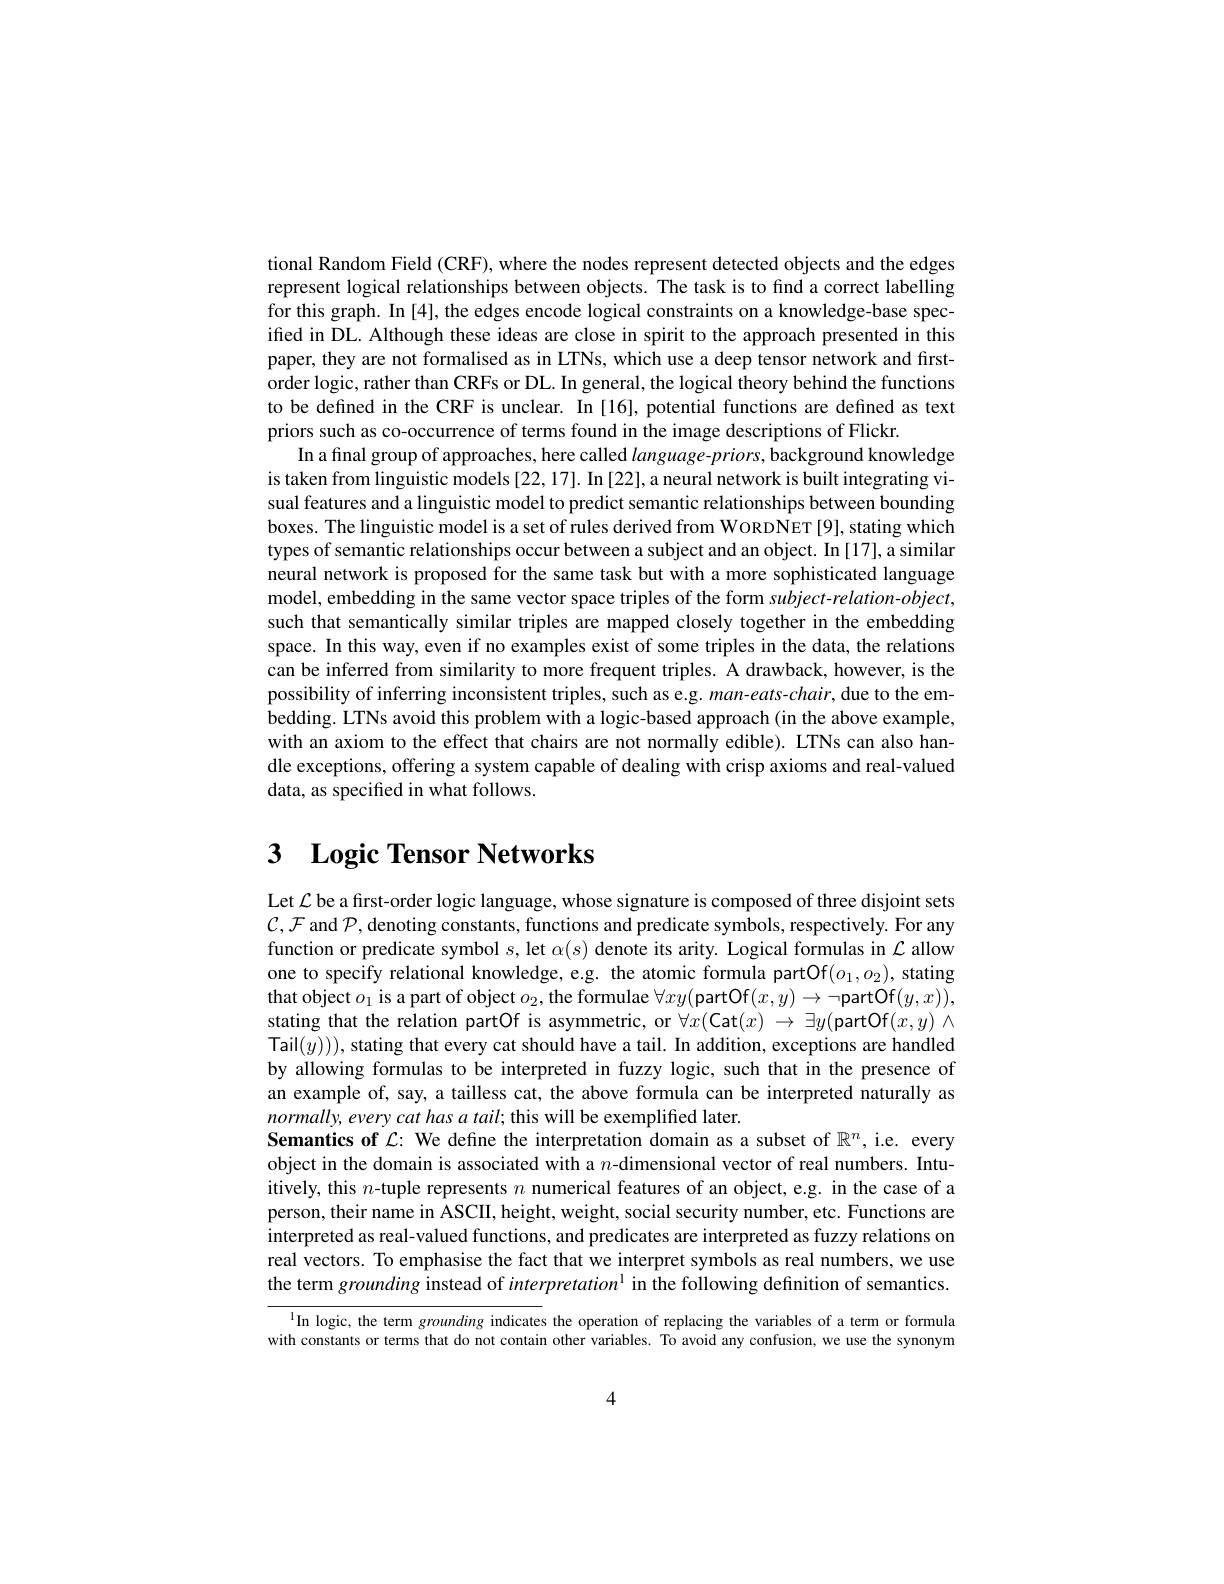
tional Random Field (CRF), where the nodes represent detected objects and the edges represent logical relationships between objects. The task is to find a correct labelling for this graph. In [4], the edges encode logical constraints on a knowledge-base speciffed in DL. Although these ideas are close in spirit to the approach presented in this paper, they are not formalised as in LTNs, which use a deep tensor network and firstorder logic, rather than CRFs or DL. In general, the logical theory behind the functions to be defined in the CRF is unclear. In [16], potential functions are defined as text priors such as co-occurrence of terms found in the image descriptions of Flickr.
In a fınal group of approaches, here called language-priors, background knowledge is taken from linguistic models [22, 17]. In [22], a neural network is built integrating visual features and a linguistic model to predict semantic relationships between bounding boxes. The linguistic model is a set of rules derived from WoRDNET[9], stating which types of semantic relationships occur between a subject and an object. In [17], a similar neural network is proposed for the same task but with a more sophisticated language model, embedding in the same vector space triples of the form subject-relation-object, such that semantically similar triples are mapped closely together in the embedding space. In this way, even if no examples exist of some triples in the data, the relations can be inferred from similarity to more frequent triples. A drawback, however, is the possibility of inferring inconsistent triples, such as e.g. $man-eats-chair$, due to the embedding. LTNs avoid this problem with a logic-based approach (in the above example, with an axiom to the effect that chairs are not normally edible). LTNs can also handle exceptions, offering a system capable of dealing with crisp axioms and real-valued data, as specified in what follows.

# $\textbf{3}$ $\textbf{Logic Tensor Networks}$

Let $\mathcal{L}$ be a first-order logic language, whose signature is composed of three disjoint sets $\mathcal{C},\mathcal{F}$ and $\mathcal{P}$,denoting constants, functions and predicate symbols, respectively. For any function or predicate symbol $s$, let $\alpha(s)$ denote its arity. Logical formulas in $\mathcal{L}$ allow one to specify relational knowledge, e.g. the atomic formula partOf$(o_1,o_2)$, stating that object $o_1$ is a part of object $o_2$, the formulae $\forall xy($partOf$(x,y)\to\neg$partOf$(y,x))$, stating that the relation partOf is asymmetric, or $\forall x($Cat$(x)\to\exists y($partOf$(x,y)\land$ Tail$(y)))$, stating that every cat should have a tail. In addition, exceptions are handled by allowing formulas to be interpreted in fuzzy logic, such that in the presence of an example of, say, a tailless cat, the above formula can be interpreted naturally as $normally,everycathasatail;$this will be exemplified later.
Semantics of $\mathcal{L}:$ We define the interpretation domain as a subset of $\mathbb{R}^n$, i.e. every object in the domain is associated with a $n$-dimensional vector of real numbers. Intuitively, this $n$-tuple represents $n$ numerical features of an object, e.g. in the case of a person, their name in ASCII, height, weight, social security number, etc. Functions are interpreted as real-valued functions, and predicates are interpreted as fuzzy relations on real vectors. To emphasise the fact that we interpret symbols as real numbers, we use the term grounding instead of interpretation$^1$ in the following definition of semantics

$^{1}$In logic, the term grounding indicates the operation of replacing the variables of a term or formula with constants or terms that do not contain other variables. To avoid any confusion, we use the synonym

4